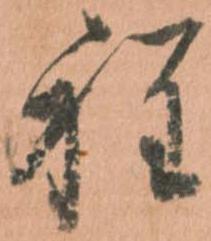
程